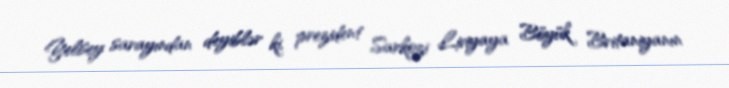
Yelisey sarayından deyiblər ki, prezident Sarkozi Liviyaya Böyük Britaniyanın